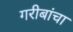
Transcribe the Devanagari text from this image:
गरीबांचा